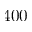
4 0 0